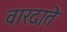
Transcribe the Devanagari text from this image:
वारदाते